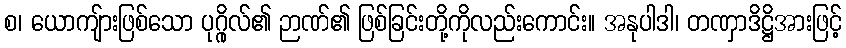
စ၊ ယောကျ်ားဖြစ်သော ပုဂ္ဂိုလ်၏ ဉာဏ်၏ ဖြစ်ခြင်းတို့ကိုလည်းကောင်း။ အနုပါဒါ၊ တဏှာဒိဋ္ဌိအားဖြင့်